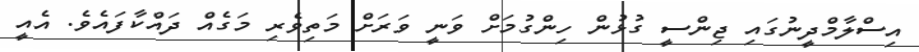
އިސްލާމްދީނުގައި ޖިންސީ ގުޅުން ހިންގުމަށް ވަނީ ވަރަށް މަތިވެރި މަގެއް ދައްކާފައެވެ. އެއީ